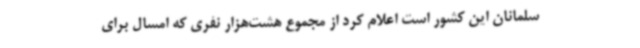
سلمانان این کشور است اعلام کرد از مجموع هشت‌هزار نفری که امسال برای